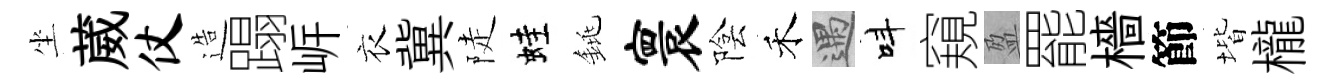
坐葳仗造蹋㟁衣冀陡蛙銚寰陰禾遇呌窺盈罷檣節堦櫳